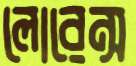
লোরেন্স